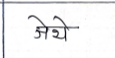
मजकूर: जेथे